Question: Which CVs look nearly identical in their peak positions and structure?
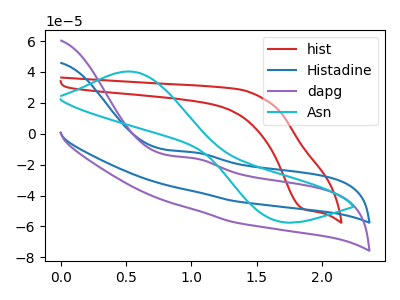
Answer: <think>The red curve "hist" has a cathodic peak at: (1.85V, -48.85uA). The blue curve "Histadine" has an anodic peak at: (1.00V, -12.10uA). The purple curve "dapg" has an anodic peak at: (1.00V, -15.90uA). The cyan curve "Asn" has an anodic peak at (0.50V, 40.35uA) and a cathodic peak at (1.65V, -56.35uA).
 "hist" and "Histadine" have at least one peak that do not match. "hist" and "dapg" have at least one peak that do not match. "hist" and "Asn" have a different number of peaks. All the peaks in "Histadine" have a peak in "dapg" at the same potential. Every peak in "Histadine" is higher than every peak in "dapg". "Histadine" and "Asn" have a different number of peaks. "dapg" and "Asn" have a different number of peaks.</think>
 <answer>"Histadine" and "dapg" have the same shape and are likely CV's of the same chemical.</answer>
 <eval>"Histadine" "dapg"</eval>